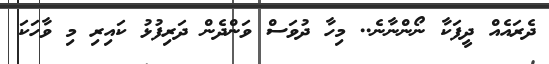
ދެރައެއް ދީފަކާ ނޯންނާނެ.. މިހާ ދުވަސް ވަންދެން ދަރިފުޅު ކައިރި މި ވާހަކަ